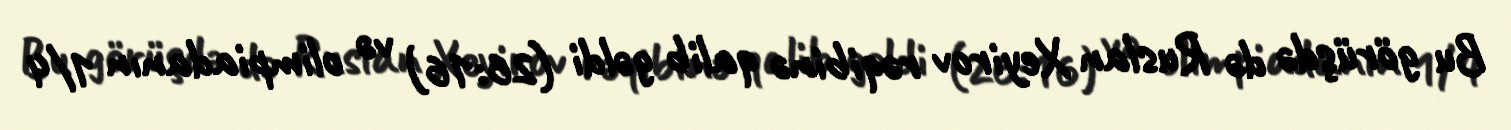
Bu görüşdə də Ruslan Xeyirov rəqibinə qalib gəldi (26:16) və olimpiadanın 1/4